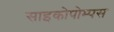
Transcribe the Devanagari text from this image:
साइकोपोम्पस